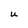
Character: U